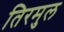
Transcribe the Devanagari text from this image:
तिरमुल